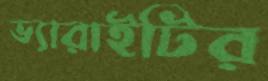
ভ্যারাইটির